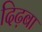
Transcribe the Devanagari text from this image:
दिढ़बा